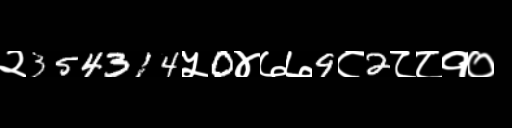
Text: २354314५0४७७9८2८८१०